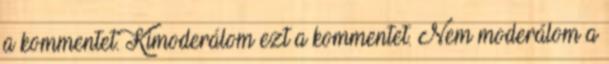
a kommentet. Kimoderálom ezt a kommentet. Nem moderálom a